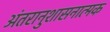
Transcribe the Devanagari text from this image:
अंतरानुशासनात्मक